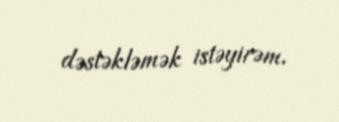
dəstəkləmək istəyirəm.